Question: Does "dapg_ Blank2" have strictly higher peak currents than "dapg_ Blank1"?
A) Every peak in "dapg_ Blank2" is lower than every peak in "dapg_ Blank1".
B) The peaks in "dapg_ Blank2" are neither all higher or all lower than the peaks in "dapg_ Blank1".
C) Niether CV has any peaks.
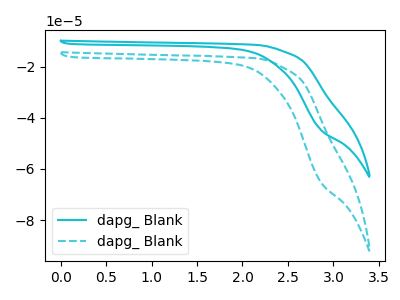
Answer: <think>The cyan curve "dapg_ Blank1" has no peaks. The cyan dashed curve "dapg_ Blank2" has no peaks.</think>
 <answer>C) Niether CV has any peaks.</answer>
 <eval>C</eval>